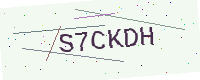
Text: S7CKDH